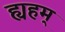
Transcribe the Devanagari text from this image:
ह्यहम्